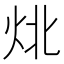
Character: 𰞃